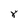
Character: 8